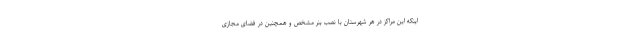
اینکه این مراکز در هر شهرستان با نصب بنر مشخص و همچنین در فضای مجازی